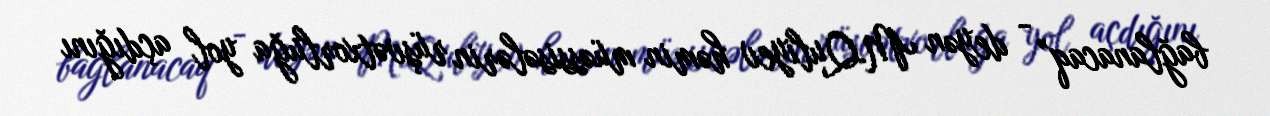
bağlanacaq” - deyən M.Quliyev həmin müəssisələrin rüşvətxorluğa yol açdığını